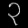
Digit: ၃